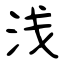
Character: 浅